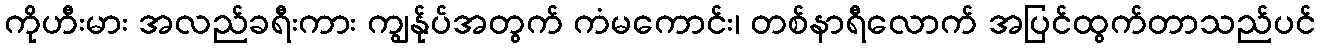
ကိုဟီးမား အလည်ခရီးကား ကျွန်ုပ်အတွက် ကံမကောင်း၊ တစ်နာရီလောက် အပြင်ထွက်တာသည်ပင်